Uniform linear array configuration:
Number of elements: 64
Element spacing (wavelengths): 1
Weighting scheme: cosine
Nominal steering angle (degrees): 45
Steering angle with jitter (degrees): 46.918
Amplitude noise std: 0.05
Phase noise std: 0.05

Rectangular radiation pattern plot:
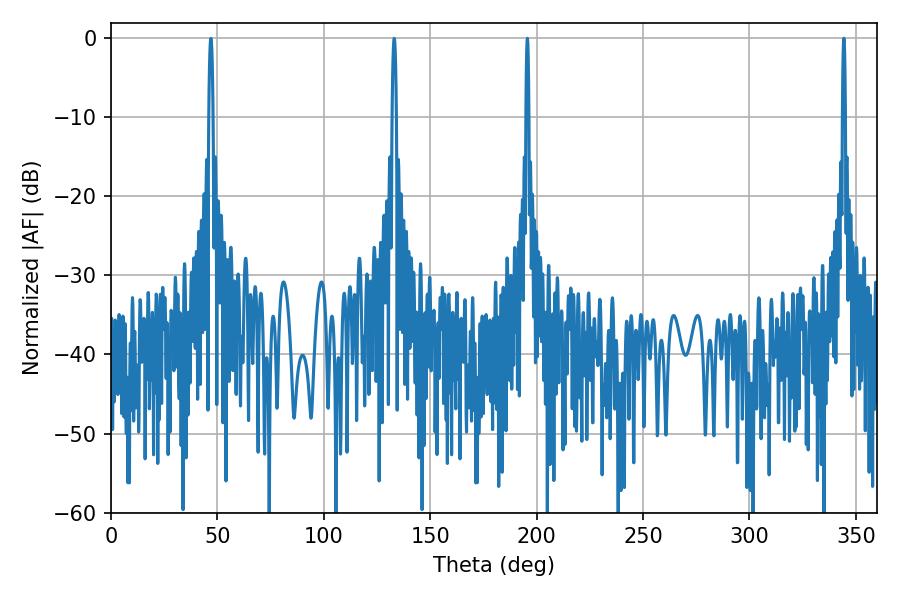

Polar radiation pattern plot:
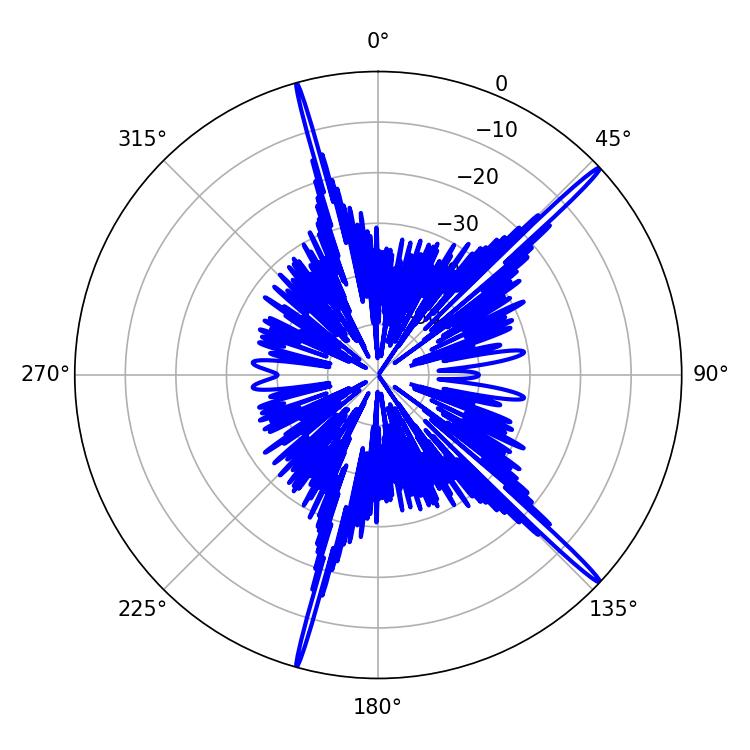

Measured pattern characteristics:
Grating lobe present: TRUE
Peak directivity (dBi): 19.047
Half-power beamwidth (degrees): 0.72
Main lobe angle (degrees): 344.34